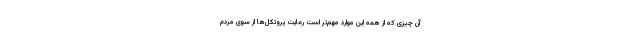
آن چیزی که از همه این موارد مهم‌تر است رعایت پروتکل‌ها از سوی مردم